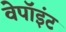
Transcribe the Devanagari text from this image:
वेपॉइंट